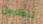
تنظرون